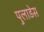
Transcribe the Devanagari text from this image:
पुलाडेस